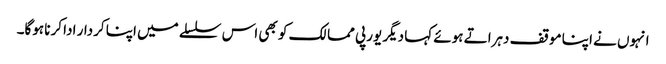
انہوں نے اپنا موقف دہراتے ہوئے کہا دیگر یورپی ممالک کو بھی اس سلسلے میں اپنا کردار ادا کرنا ہوگا۔